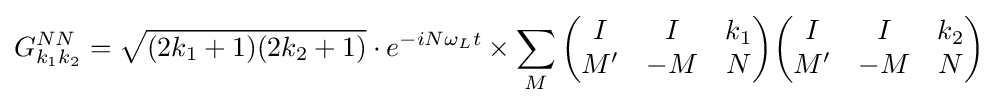
G_{k_{1}k_{2}}^{NN}={\sqrt {(2k_{1}+1)(2k_{2}+1)}}\cdot e^{-iN\omega _{L}t}\times \sum _{M}{\begin{pmatrix}I&I&k_{1}\\M'&-M&N\\\end{pmatrix}}{\begin{pmatrix}I&I&k_{2}\\M'&-M&N\\\end{pmatrix}}